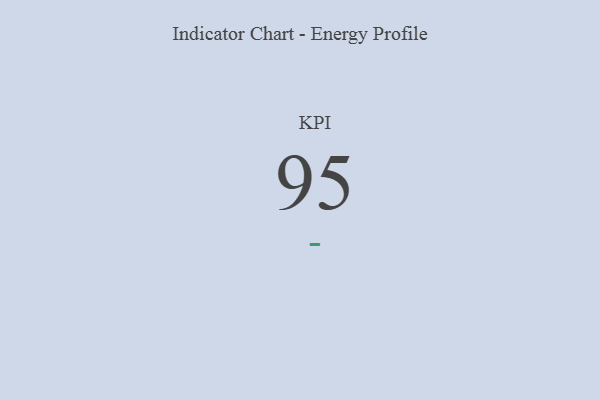
{"axis": {"x": "KPI", "y": "Value"}, "legend": [""], "data": [{"x": "KPI", "y": 95, "type": ""}]}